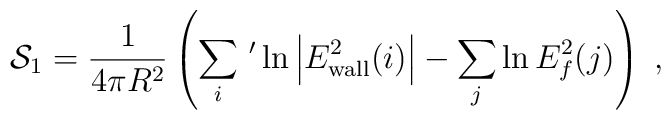
{\cal S}_1=\frac{1}{4\pi R^2}\left(\sum_{i}\,'\ln \left|E_{\rm wall}^2(i) \right|-\sum_{j}\ln E_f^2(j)\right) \;,